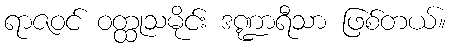
ရာဇဝင် ဝတ္ထုသမိုင်း ဒဏ္ဍာရီသာ ဖြစ်တယ်။